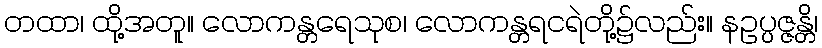
တထာ၊ ထို့အတူ။ လောကန္တရေသုစ၊ လောကန္တရငရဲတို့၌လည်း။ နဥပ္ပဇ္ဇန္တိ၊